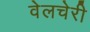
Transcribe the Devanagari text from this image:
वेलचेरी